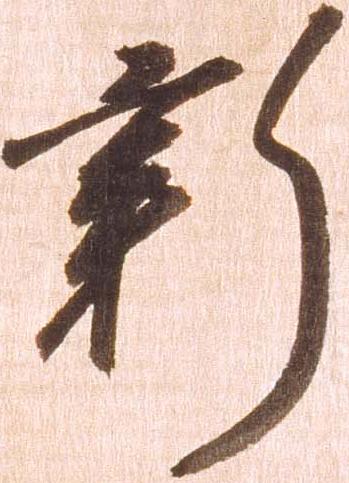
新